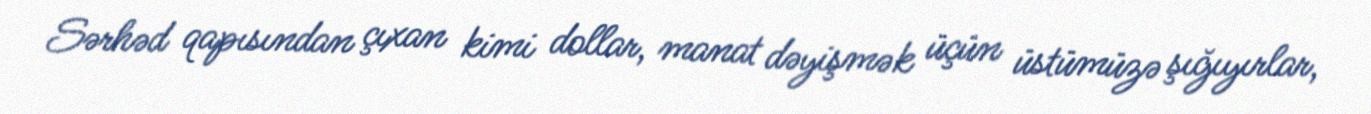
Sərhəd qapısından çıxan kimi dollar, manat dəyişmək üçün üstümüzə şığıyırlar,